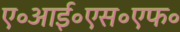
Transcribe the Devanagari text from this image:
ए॰आई॰एस॰एफ॰